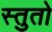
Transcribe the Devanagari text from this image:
स्तुतो